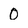
Character: 0